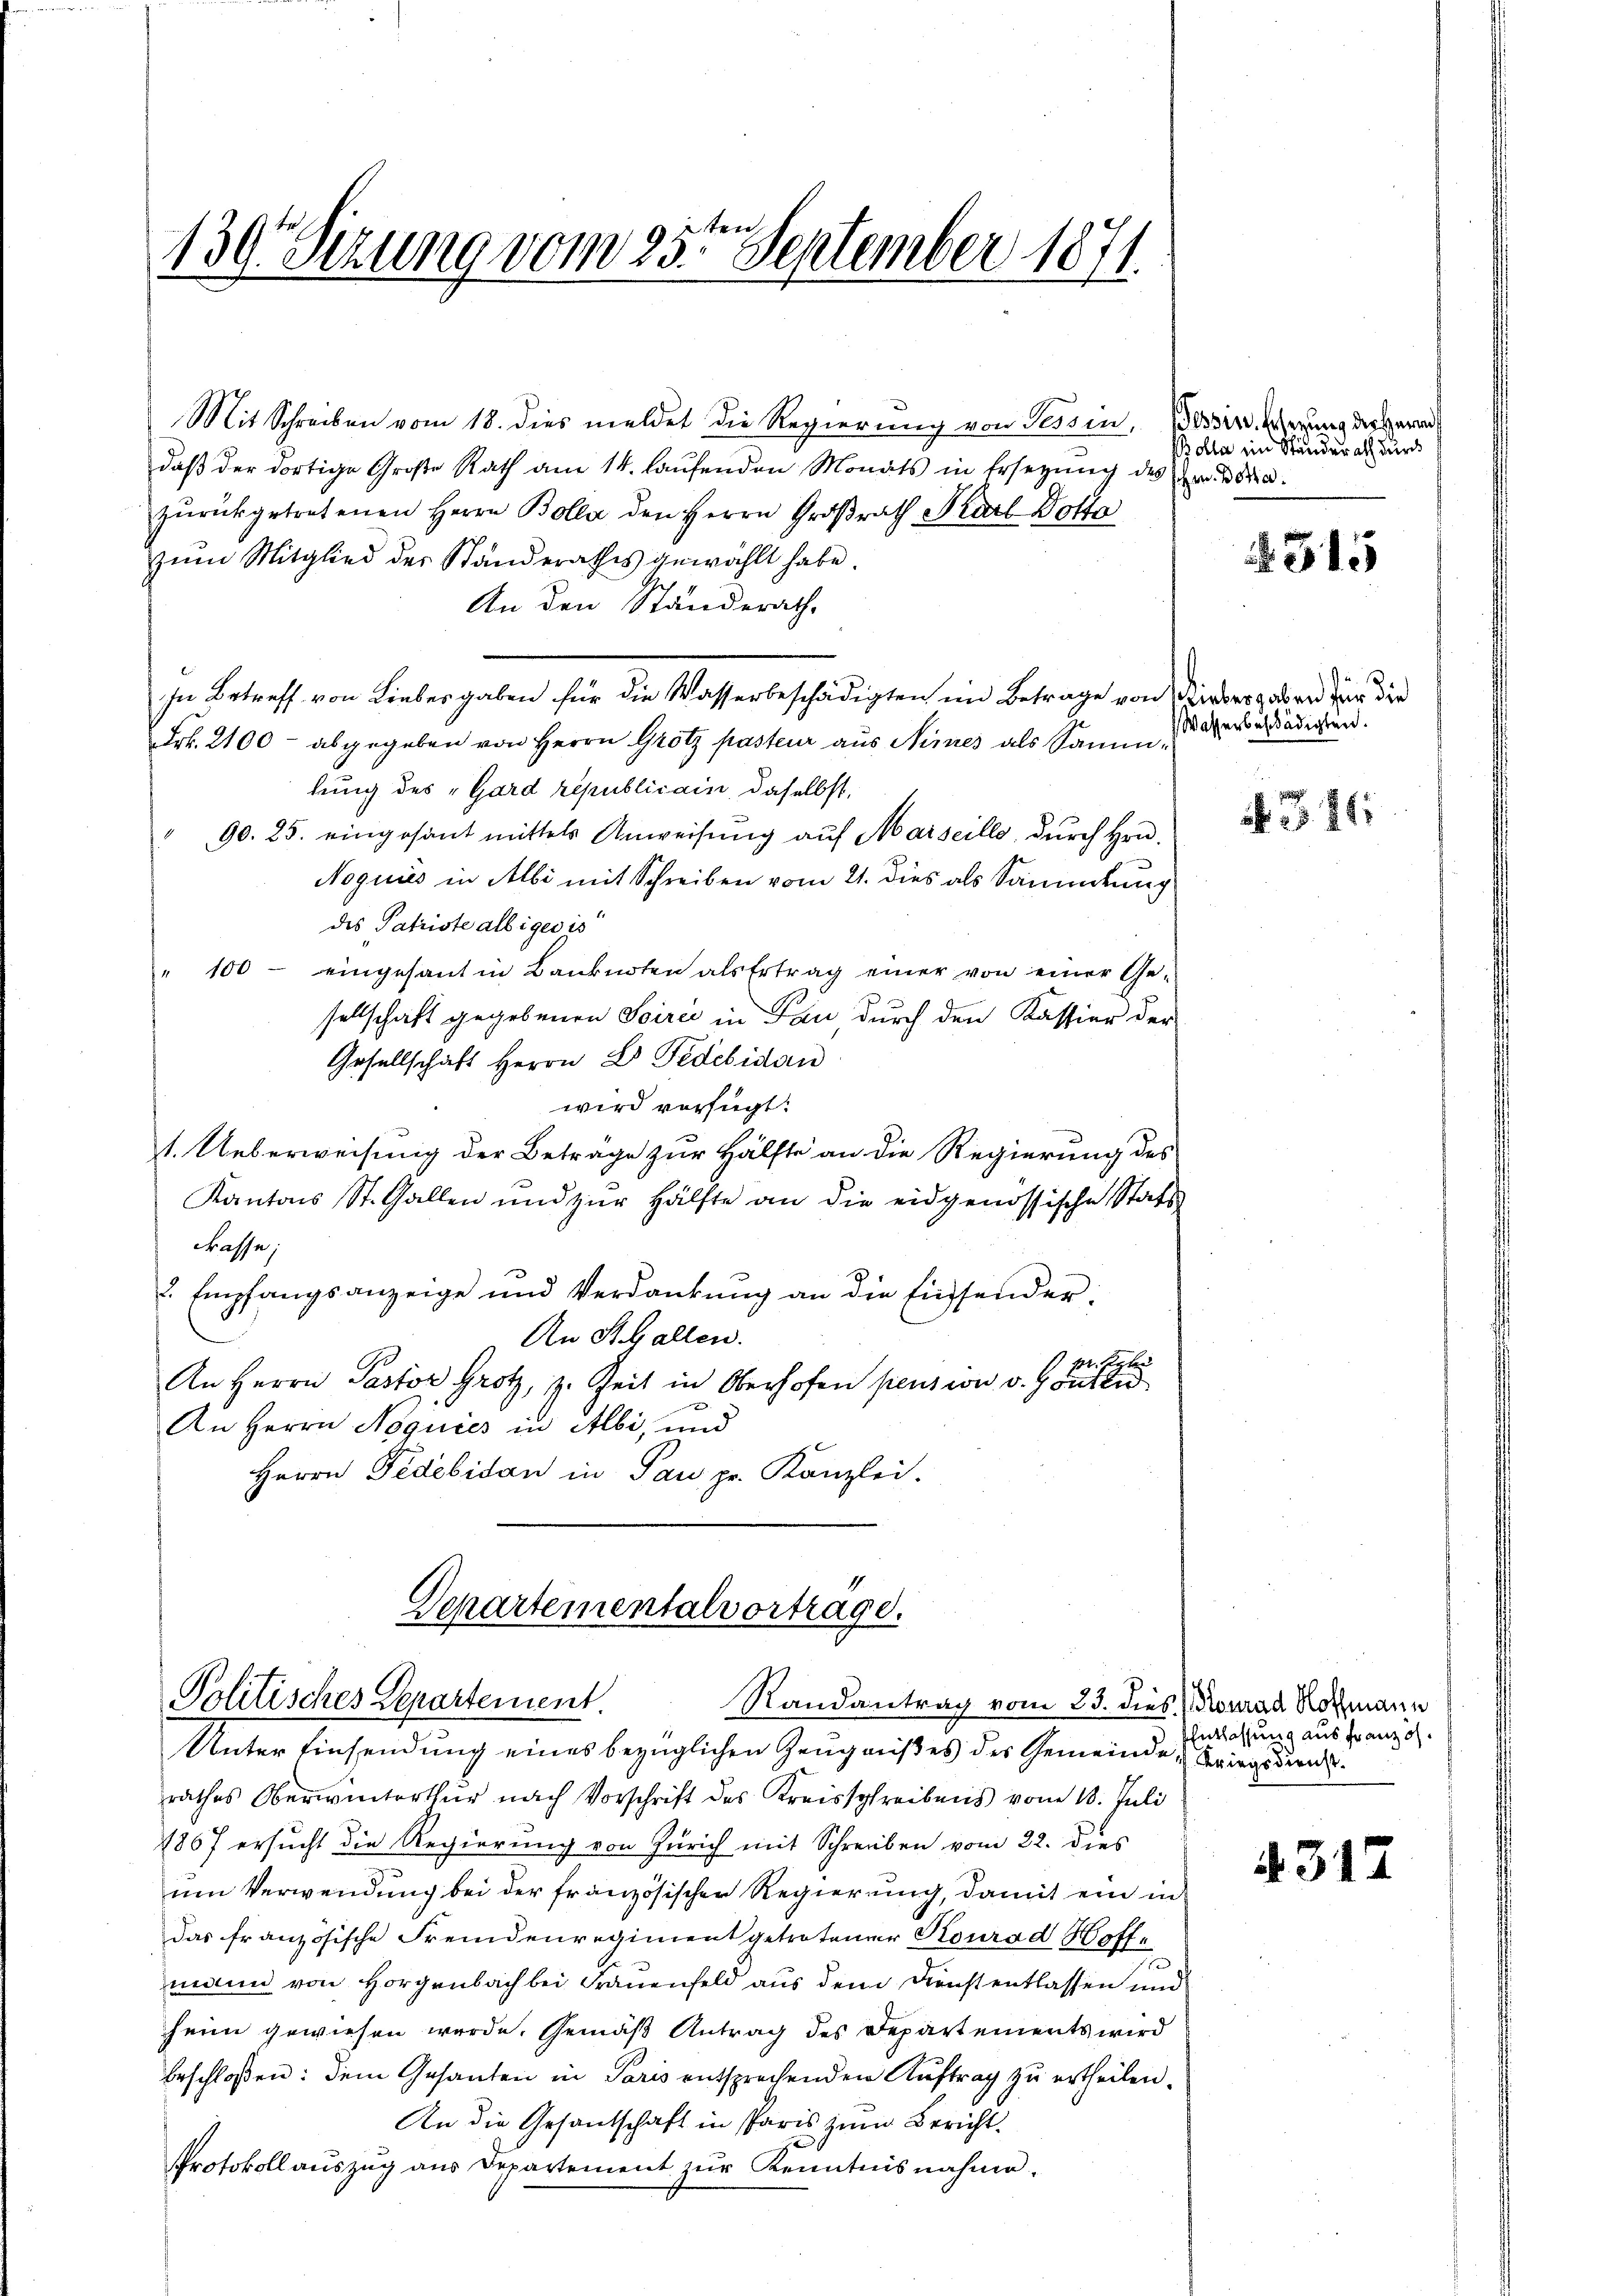
130. Sizung vom 25ten September 1871.

Mit Schreiben vom 18. dies meldet die Regierung von Tessin, Bossin, gerung der Herrn
daβ der dortige Große Rath am 14. laŭfenden Monats in Ersetzŭng des Er da
zŭrückgetretenen Herrn Bolla den Herrn Großrath Karl Dotte
zŭm Mitglied der Standerathes gewählt habe.
An den Ständerath,
In Betreff von Liebesgaben für die Wasserbeschädigten im Betrage von Wiedergaben für die
Frk. 2100 - abgegeben von Herrn Grotz pasteur aus Nimes als Sammlung des „Gard republicain, daselbst,
90. 25. eingesant mittels Anweisung auf Marseille, durch Hrn.
Noguies in Albi mit Schreiben vom 21. dies als Sammlung
des Patriste albiges is
" 100 - eingesant in Banknoten als Ertrag einer von einer Ge-
sellschaft gegebenen Scirić in Pau durch den Kassier der
Gesellschaft Herrn Dr Fedesidan
wird verfügt:
1. Ueberweisung der Beträge zur Hälfte an die Regierung des
Kantons St. Gallen und zŭr Hälfte an die eidgenössische Stats
Frasse,
. Empfangsanzeige und Verdankung an die Einsender:
An St. Gallen.
1 pr. Rober
An Herrn Pastor Grotz, z. Zeit in Oberhofen pension v. Gonten
An Herrn Noquies in Albi, und
Herrn Fidebidan in Pau pr. Kanzlei.

Departementalvortrage.
Politisches Departement.

Unter Einsendung eines bezüglichen Zeugnißes des Gemeinde Kriegsdien
rathes Oberwinterthur nach Vorschrift des Kreisschreibens vom 18. Juli
1867 ersucht die Regierung von Zürich mit Schreiben vom 22. dies
um Verwendung bei der französischen Regierung, damit ein in
das französische Fremdenregiment getretener Konrad Hoffe
mann von Horgenbach bei Frauenfeld aus dem Dienst entlassen und
heim gewiesen werde. Gemäß Antrag des Departements wird
beschloßen: dem Gesanten in Paris entsprechenden Auftrag zu ertheilen.
An die Gesantschaft in Paris zum Bericht.
Protokollauszug aus Departement zŭr Kenntnisnahme.

Randantrag vom 23. dies Konrad Romann

Bolla ein Ständerath durch

§ 315

Wasserbeschädigten.

. 381

Entlassung aus Französ.

4312